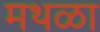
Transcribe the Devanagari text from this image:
मथळा